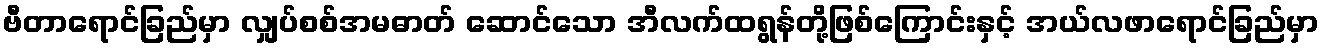
ဗီတာရောင်ခြည်မှာ လျှပ်စစ်အမဓာတ် ဆောင်သော အီလက်ထရွန်တို့ဖြစ်ကြောင်းနှင့် အယ်လဖာရောင်ခြည်မှာ